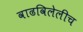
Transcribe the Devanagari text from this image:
वाढविलेलीच